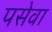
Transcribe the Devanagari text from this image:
पसेवा